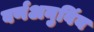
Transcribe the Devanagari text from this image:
वर्णअनुविंब